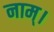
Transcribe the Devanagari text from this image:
नाम्।